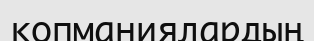
копманиялардың